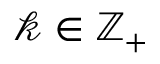
\mathscr { k } \in \mathbb { Z } _ { + }